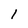
Character: 1